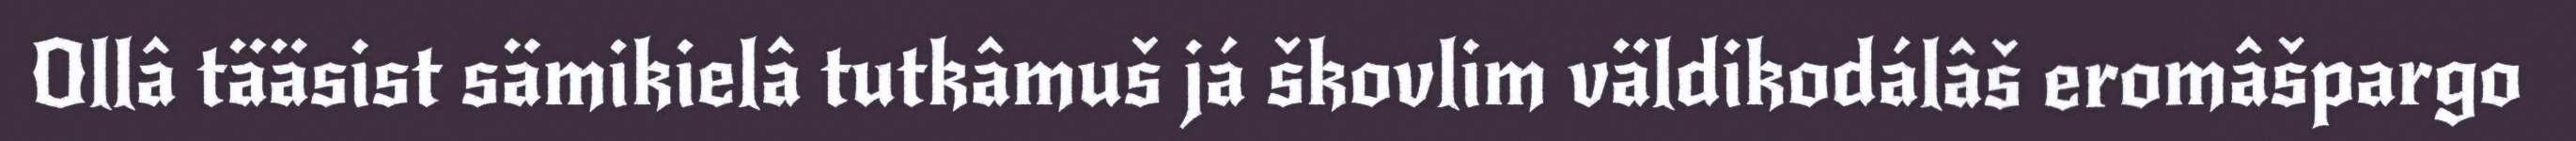
Ollâ tääsist sämikielâ tutkâmuš já škovlim väldikodálâš eromâšpargo